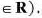
\in R).